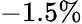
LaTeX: -1.5\%